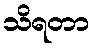
သိရတာ